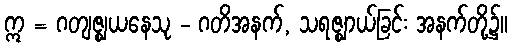
ဣ = ဂတျဇ္ဈယနေသု - ဂတိအနက်, သရဇ္ဈာယ်ခြင်း အနက်တို့၌။